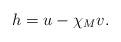
LaTeX: \begin{align*}h = u - \chi_M v.\end{align*}